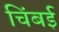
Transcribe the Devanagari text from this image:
चिंबई